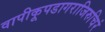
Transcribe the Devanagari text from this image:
वापीकूपडागराजिरुचिरं